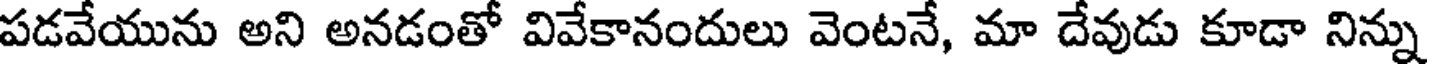
పడవేయును అని అనడంతో వివేకానందులు వెంటనే, మా దేవుడు కూడా నిన్ను